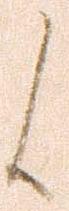
候